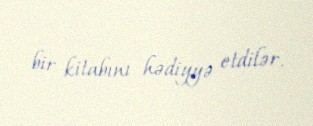
bir kitabını hədiyyə etdilər.